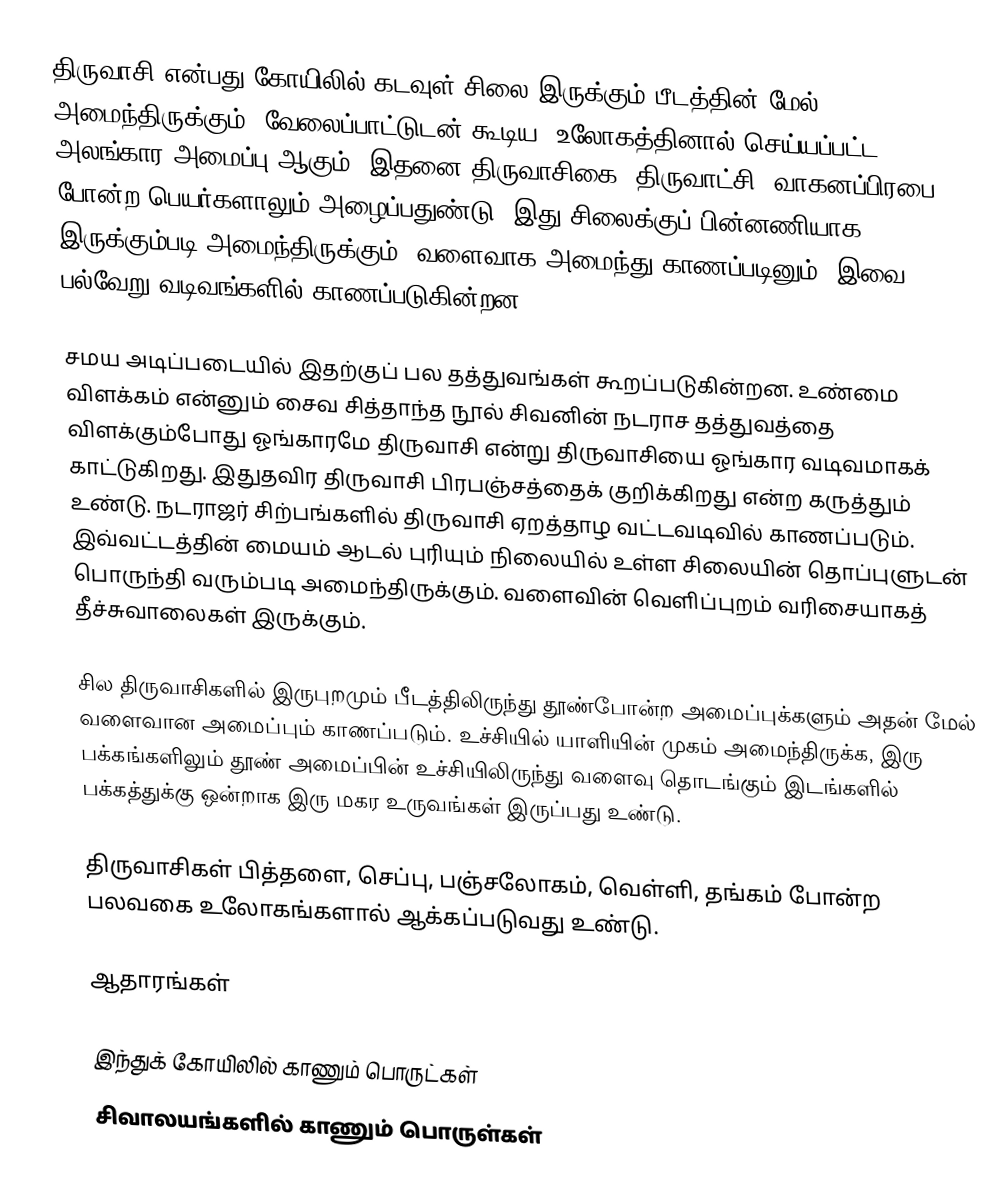
திருவாசி என்பது கோயிலில் கடவுள் சிலை இருக்கும் பீடத்தின் மேல் அமைந்திருக்கும், வேலைப்பாட்டுடன் கூடிய, உலோகத்தினால் செய்யப்பட்ட அலங்கார அமைப்பு ஆகும். இதனை திருவாசிகை, திருவாட்சி, வாகனப்பிரபை போன்ற பெயர்களாலும் அழைப்பதுண்டு. இது சிலைக்குப் பின்னணியாக இருக்கும்படி அமைந்திருக்கும். வளைவாக அமைந்து காணப்படினும், இவை பல்வேறு வடிவங்களில் காணப்படுகின்றன.

சமய அடிப்படையில் இதற்குப் பல தத்துவங்கள் கூறப்படுகின்றன. உண்மை விளக்கம் என்னும் சைவ சித்தாந்த நூல் சிவனின் நடராச தத்துவத்தை விளக்கும்போது ஓங்காரமே திருவாசி என்று திருவாசியை ஓங்கார வடிவமாகக் காட்டுகிறது.   இதுதவிர திருவாசி பிரபஞ்சத்தைக் குறிக்கிறது என்ற கருத்தும் உண்டு. நடராஜர் சிற்பங்களில் திருவாசி ஏறத்தாழ வட்டவடிவில் காணப்படும். இவ்வட்டத்தின் மையம் ஆடல் புரியும் நிலையில் உள்ள சிலையின் தொப்புளுடன் பொருந்தி வரும்படி அமைந்திருக்கும். வளைவின் வெளிப்புறம் வரிசையாகத் தீச்சுவாலைகள் இருக்கும்.

சில திருவாசிகளில் இருபுறமும் பீடத்திலிருந்து தூண்போன்ற அமைப்புக்களும் அதன் மேல் வளைவான அமைப்பும் காணப்படும். உச்சியில் யாளியின் முகம் அமைந்திருக்க, இரு பக்கங்களிலும் தூண் அமைப்பின் உச்சியிலிருந்து வளைவு தொடங்கும் இடங்களில் பக்கத்துக்கு ஒன்றாக இரு மகர உருவங்கள் இருப்பது உண்டு.

திருவாசிகள் பித்தளை, செப்பு, பஞ்சலோகம், வெள்ளி, தங்கம் போன்ற பலவகை உலோகங்களால் ஆக்கப்படுவது உண்டு.

ஆதாரங்கள்

இந்துக் கோயிலில் காணும் பொருட்கள்
சிவாலயங்களில் காணும் பொருள்கள்